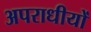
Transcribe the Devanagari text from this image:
अपराधीयों